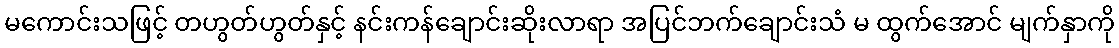
မကောင်းသဖြင့် တဟွတ်ဟွတ်နှင့် နင်းကန်ချောင်းဆိုးလာရာ အပြင်ဘက်ချောင်းသံ မ ထွက်အောင် မျက်နှာကို